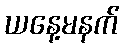
ယနေ့မနက်